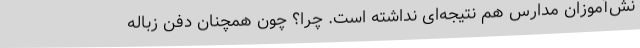
نش‌آموزان مدارس هم نتیجه‌ای نداشته است. چرا؟ چون همچنان دفن زباله